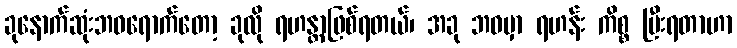
ခုနောက်ဆုံးဘဝရောက်တော့ ခုလို ရဟန္တာဖြစ်ရတယ်၊ အခု ဘဝမှာ ရဟန်း ကိစ္စ ပြီးရတာဟာ